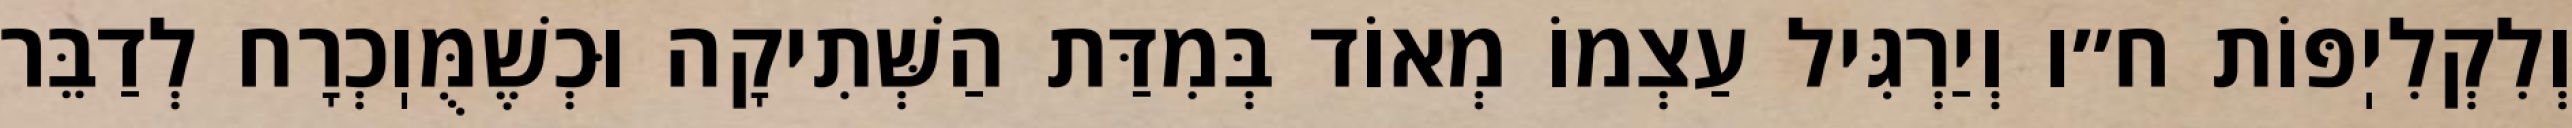
וְלִקְלִיֽפּוֹת ח״ו וְיַרְגִּיל עַצְמוֹ מְאוֹד בְּמִדַּת הַשְּׁתִיקָה וּכְשֶׁמֻּוֽכְרָח לְדַבֵּר